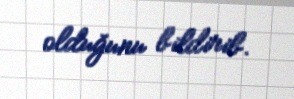
olduğunu bildirib.